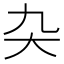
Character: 𭑂